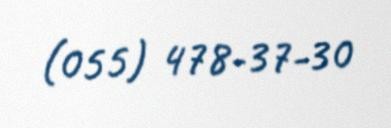
(055) 478-37-30